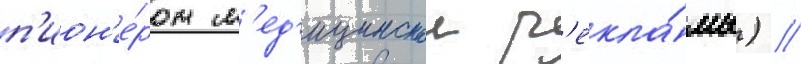
п'ион'е́ром м'ед'ицинскои р'екла́мы) //